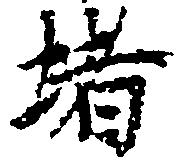
堵